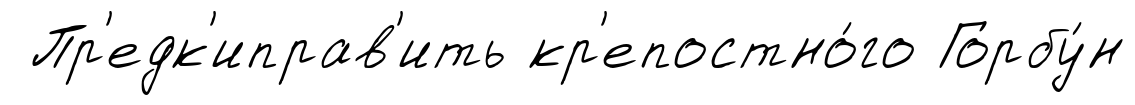
Пр'едк'иправ'ить кр'епостно́го Горбу́н